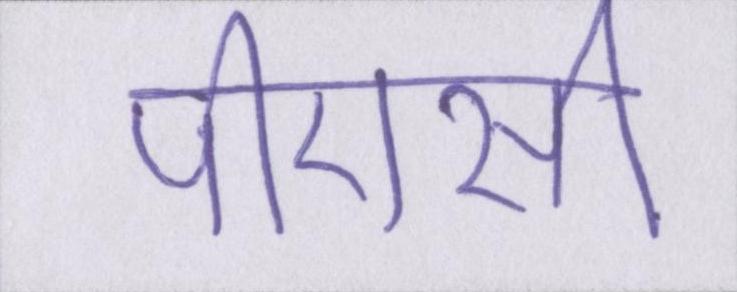
पीएसी